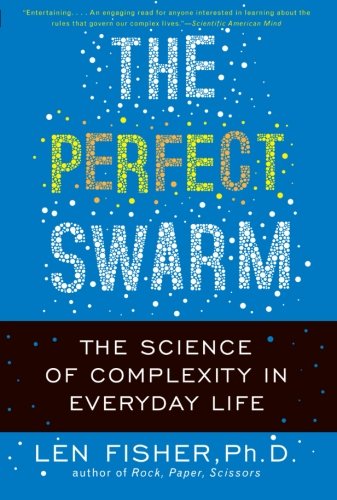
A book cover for The Perfect Swarm: The Science of Complexity in Everyday Life; Len Fisher; Science & Math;